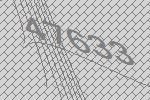
47633